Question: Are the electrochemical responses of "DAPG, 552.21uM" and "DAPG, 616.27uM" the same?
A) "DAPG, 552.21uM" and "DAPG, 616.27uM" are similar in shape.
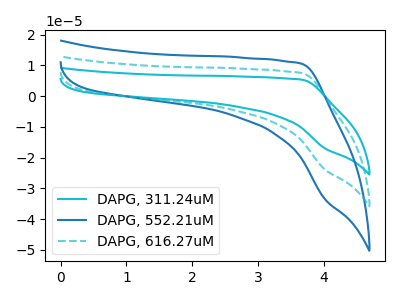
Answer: <think>The cyan curve "DAPG, 311.24uM" has no peaks. The blue curve "DAPG, 552.21uM" has no peaks. The cyan dashed curve "DAPG, 616.27uM" has no peaks.
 Neither "DAPG, 552.21uM" or "DAPG, 616.27uM" have any peaks.</think>
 <answer>A) "DAPG, 552.21uM" and "DAPG, 616.27uM" are similar in shape.</answer>
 <eval>A</eval>